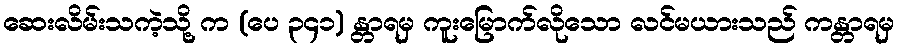
ဆေးလိမ်းသကဲ့သို့ က (ပေ ၃၄၁) န္တာရမှ ကူးမြောက်လိုသော လင်မယားသည် ကန္တာရမှ